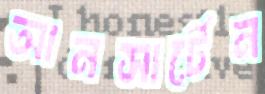
আনসার্টেন